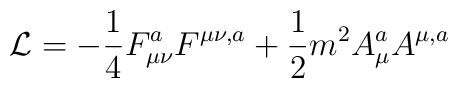
{\cal  L}  =  -  \frac{1}{4}  F^a_{\mu\nu} F^{\mu\nu,a} + \frac{1}{2}m^2A_\mu^aA^{\mu,a}